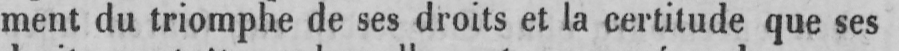
ment du triomphe de ses droits et la certitude que ses